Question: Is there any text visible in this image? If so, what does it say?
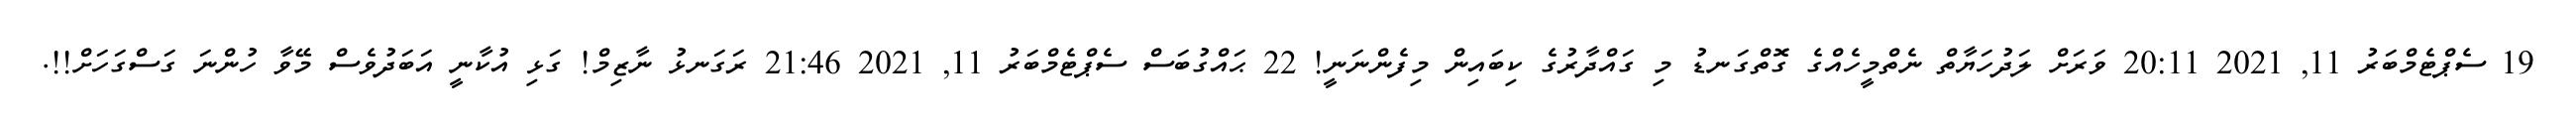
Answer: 19 ސެޕްޓެމްބަރު 11, 2021 20:11 ވަރަށް ލަދުހަޔާތް ނެތްމީހެއްގެ ގޮތްގަނޑު މި ގައްދާރުގެ ކިބައިން މިފެންނަނީ! 22 ޙައްގުބަސް ސެޕްޓެމްބަރު 11, 2021 21:46 ރަގަނޅު ނާޒިމް! ގަޅި އުކާނީ އަބަދުވެސް މޭވާ ހުންނަ ގަސްގަހަށް!!.